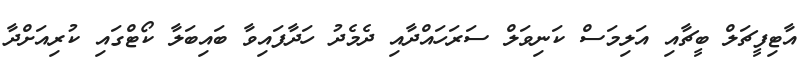
އާޓިފީޗަލް ބީޗާއި އަލިމަސް ކަނިވަލް ސަރަހައްދާއި ދެމެދު ހަދާފައިވާ ބައިބަލާ ކޯޓްގައި ކުރިއަށްދާ